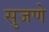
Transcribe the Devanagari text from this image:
सुजणे